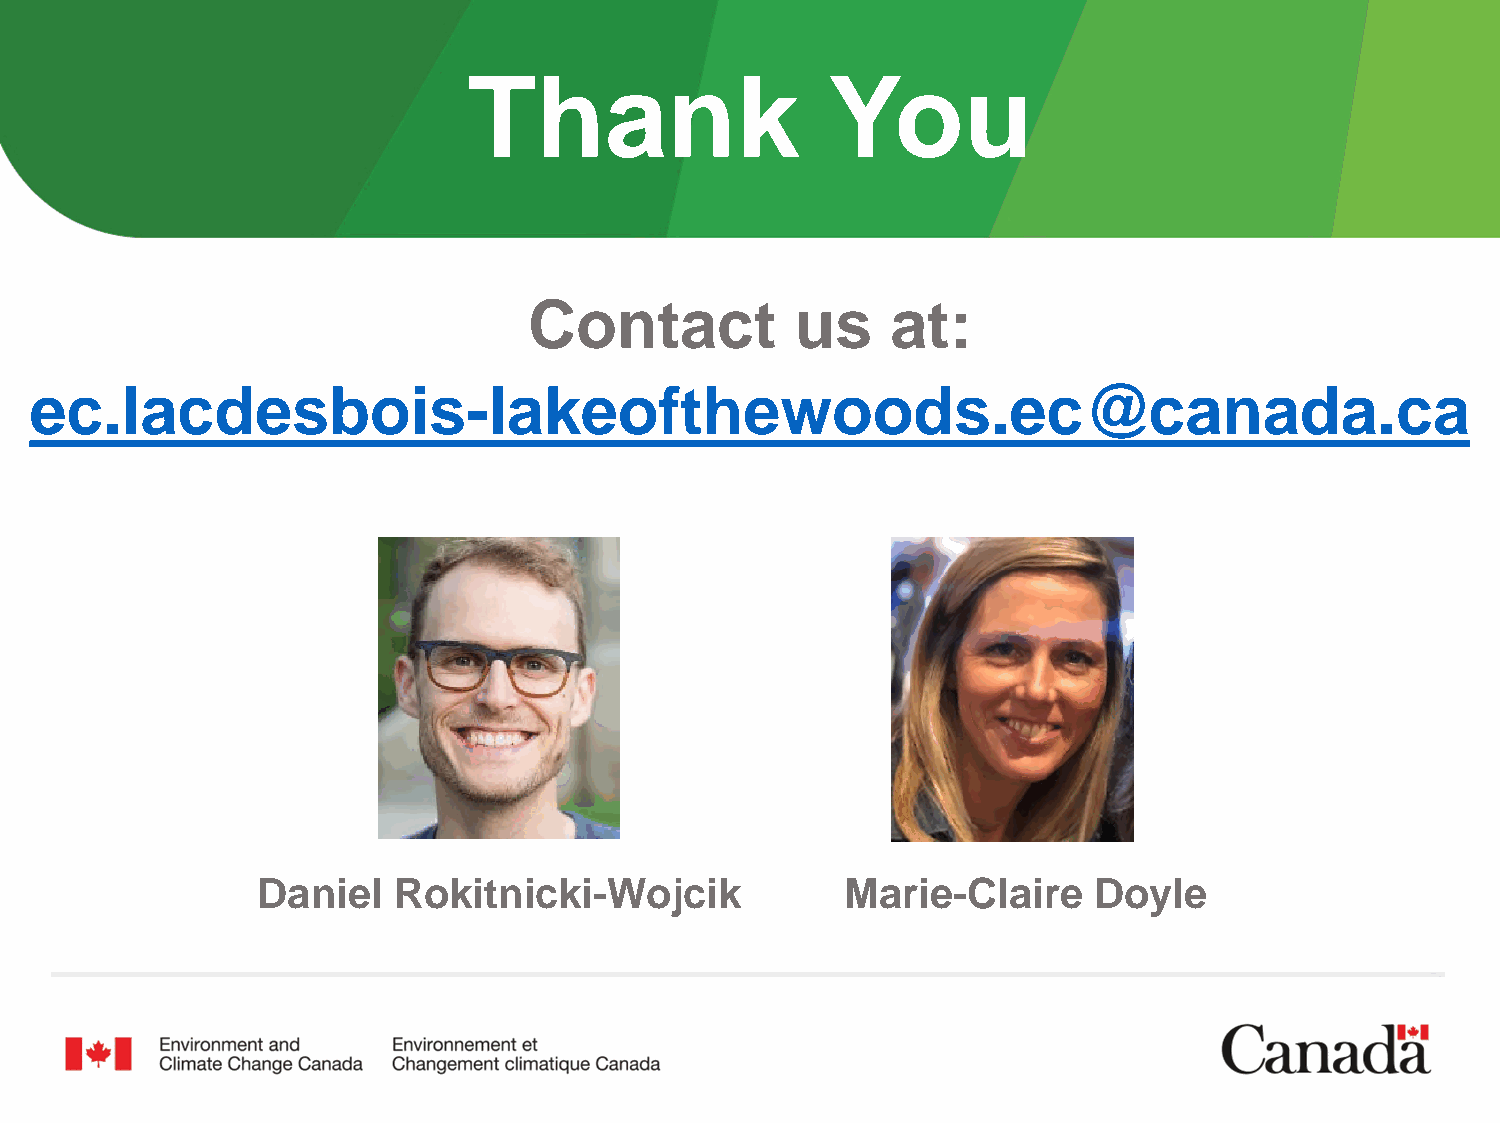
Thank                   You
 Contact           us    at:
 ec.lacdesbois-lakeofthewoods.ec@canada.ca
 Daniel   Rokitnicki-Wojcik             Marie-Claire    Doyle